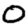
Digit: 0